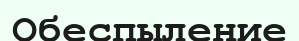
Обеспыление